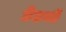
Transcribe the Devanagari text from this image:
डेडची